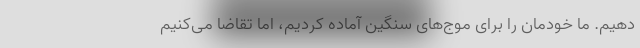
دهیم. ما خودمان را برای موج‌های سنگین آماده کردیم، اما تقاضا می‌کنیم